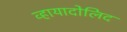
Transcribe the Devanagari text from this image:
व्हायादोलिद